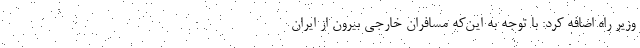
وزیر راه اضافه کرد: با توجه به این‌که مسافران خارجی بیرون از ایران